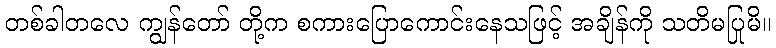
တစ်ခါတလေ ကျွန်တော် တို့က စကားပြောကောင်းနေသဖြင့် အချိန်ကို သတိမပြုမိ။